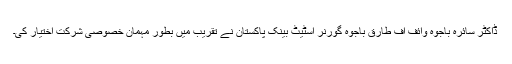
ڈاکٹر سائرہ باجوہ وائف آف طارق باجوہ گورنر اسٹیٹ بینک پاکستان نے تقریب میں بطورِ مہمان خصوصی شرکت اختیار کی۔